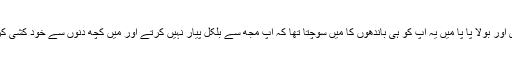
اس نے اپنے باپ کی کلائی پکڑی اور بولا پا پا میں یہ آپ کو ہی باندھوں کا میں سوچتا تھا کہ آپ مجھ سے بلکل پیار نہیں کرتے اور میں کچھ دنوں سے خود کشی کرنے کے بارے میں سوچ رہا تھا۔